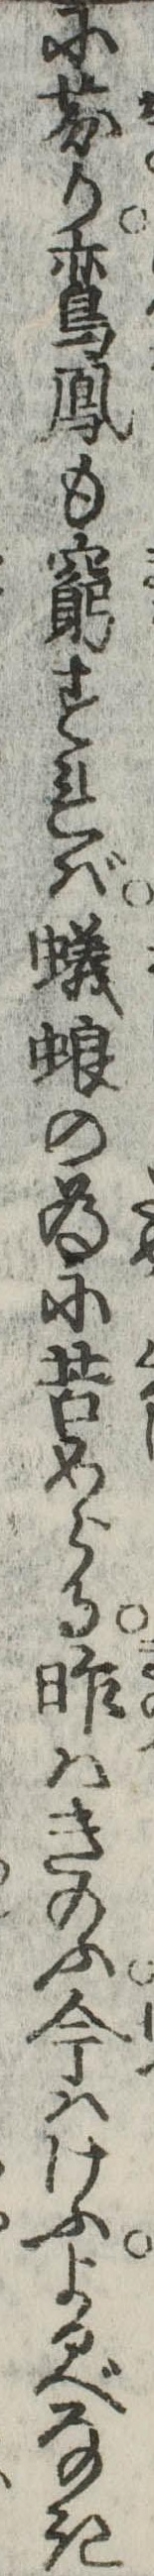
に芬り鵉鳳も窮すれば蟻蜋の為に苦めらる咋はきのふ今はけふよるべなき